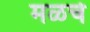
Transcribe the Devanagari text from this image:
मळचे